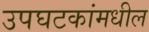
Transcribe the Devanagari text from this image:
उपघटकांमधील